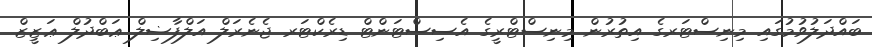
ބައްދަލުވުމުގައި މިނިސްޓަރގެ އިތުރުން މިނިސްޓްރީގެ އެސިސްޓަންޓް ޑިރެކްޓަރ ޖެނެރަލް އަލްފާޟިލް ޢަބްދުލް ޢަޒީޒް